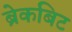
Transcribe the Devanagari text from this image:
ब्रेकबिट